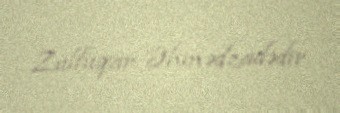
Zülfüqar Əhmədzadədir.